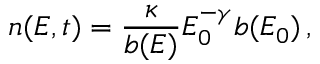
n ( E , t ) = \frac { \kappa } { b ( E ) } E _ { 0 } ^ { - \gamma } b ( E _ { 0 } ) \, ,